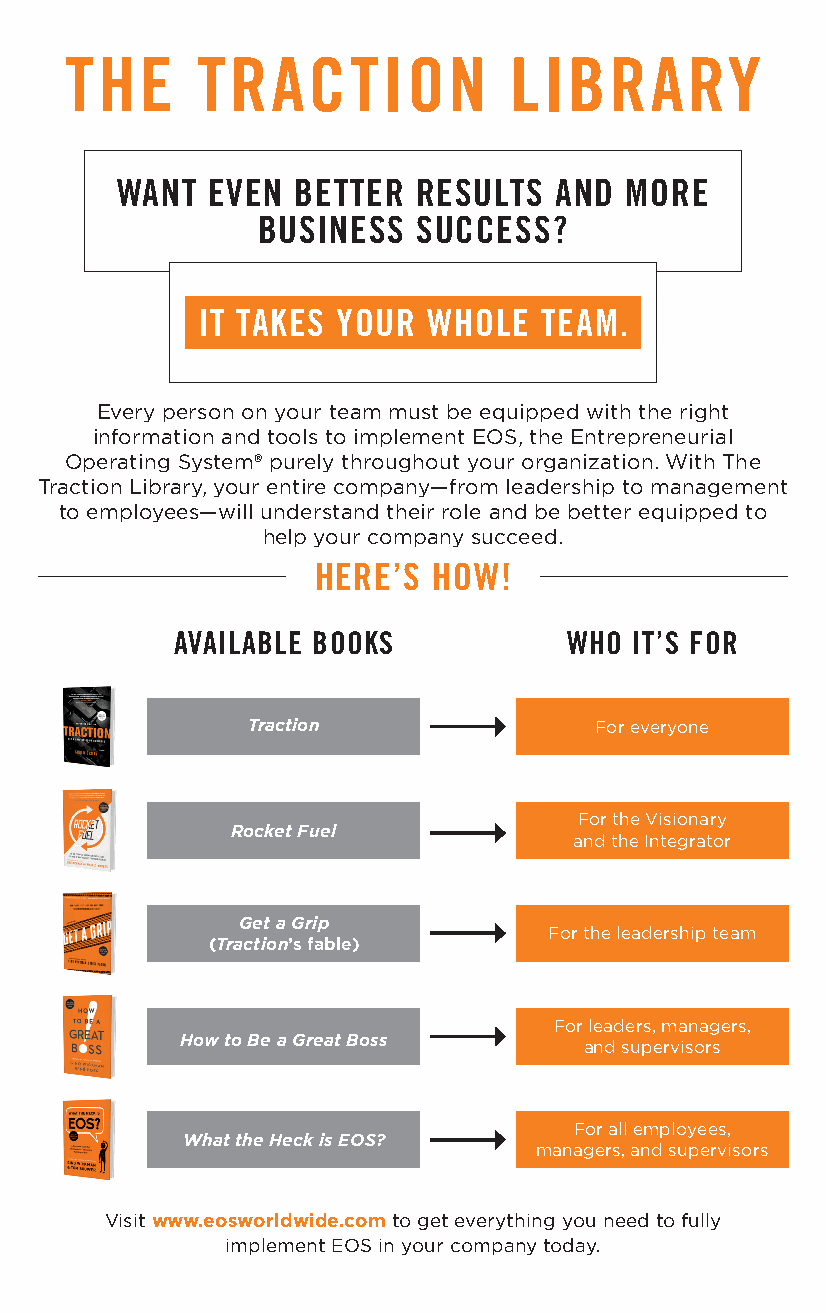
THE      TRACTION            LIBRARY
 WANT  EVEN  BETTER  RESULTS  AND  MORE
 BUSINESS  SUCCESS?
 IT TAKES YOUR  WHOLE  TEAM.
 Every person on your team must be equipped with the right
 information and tools to implement EOS, the Entrepreneurial
 Operating System® purely throughout your organization. With The
 Traction Library, your entire company—from leadership to management
 to employees—will understand their role and be better equipped to
 help your company succeed.
 HERE’S  HOW!
 AVAILABLE BOOKS           WHO IT’S FOR
 Traction               For everyone
 For the Visionary
 Rocket Fuel
 and the Integrator
 Get a Grip
 For the leadership team
 (Traction’s fable)
 For leaders, managers,
 How to Be a Great Boss     and supervisors
 For all employees,
 What the Heck is EOS?
 managers, and supervisors
 Visit www.eosworldwide.com to get everything you need to fully
 implement EOS in your company today.